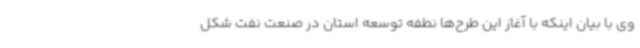
وی با بیان اینکه با آغاز این طرح‌ها نطفه توسعه استان در صنعت نفت شکل